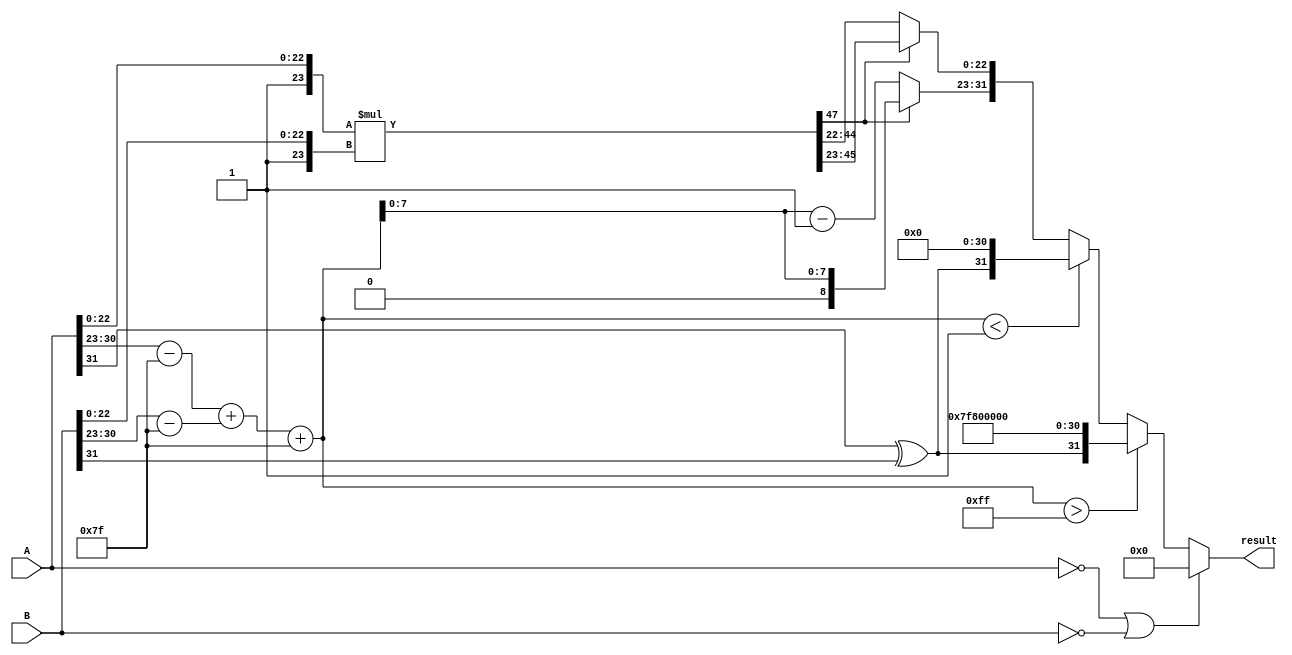
module floating_point_multiplier (
    input  wire [31:0] A, // First floating-point input
    input  wire [31:0] B, // Second floating-point input
    output reg  [31:0] result // Result of the multiplication
);

    // Constants
    localparam BIAS = 8'd127;
    localparam EXPONENT_MAX = 8'd255;

    // Extracting fields from the inputs
    wire sign_A = A[31];
    wire sign_B = B[31];
    wire [7:0] exponent_A = A[30:23];
    wire [7:0] exponent_B = B[30:23];
    wire [22:0] mantissa_A = A[22:0];
    wire [22:0] mantissa_B = B[22:0];

    // Implicit leading 1 for normalized mantissas
    wire [23:0] normalized_mantissa_A = {1'b1, mantissa_A}; // 24 bits
    wire [23:0] normalized_mantissa_B = {1'b1, mantissa_B}; // 24 bits

    // Sign of the result
    wire result_sign = sign_A ^ sign_B;

    // Exponent calculation
    wire [8:0] exponent_A_bias = {1'b0, exponent_A} - BIAS; // 9 bits to handle overflow
    wire [8:0] exponent_B_bias = {1'b0, exponent_B} - BIAS;
    wire [8:0] result_exponent_bias = exponent_A_bias + exponent_B_bias + BIAS;

    // Mantissa multiplication
    wire [47:0] mantissa_product = normalized_mantissa_A * normalized_mantissa_B; // 48 bits

    // Normalization of the result mantissa
    reg [23:0] result_mantissa;
    reg [7:0] result_exponent;
    reg [8:0] final_exponent;

    always @(*) begin
        // Default values
        result_mantissa = 24'b0;
        result_exponent = 8'b0;

        // Check for zero inputs
        if (A == 32'b0 || B == 32'b0) begin
            result = 32'b0; // Result is zero
        end else begin
            // Check for overflow and underflow
            if (result_exponent_bias > EXPONENT_MAX) begin
                // Set result to infinity
                result = {result_sign, 8'b11111111, 23'b0};
            end else if (result_exponent_bias < 8'd1) begin
                // Set result to zero (denormalized)
                result = {result_sign, 8'b0, 23'b0};
            end else begin
                // Normalization process
                if (mantissa_product[47]) begin
                    // Already normalized
                    result_mantissa = mantissa_product[46:23]; // Keep the top 23 bits
                    final_exponent = result_exponent_bias[7:0]; // Keep exponent
                end else begin
                    // Shift right to normalize
                    result_mantissa = mantissa_product[45:22]; // Shift right by 1
                    final_exponent = result_exponent_bias[7:0] - 1; // Decrement exponent
                end

                // Construct result
                result = {result_sign, final_exponent, result_mantissa[22:0]};
            end
        end
    end

endmodule